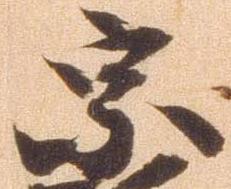
宗